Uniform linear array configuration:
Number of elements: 12
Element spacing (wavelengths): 1
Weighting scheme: blackman
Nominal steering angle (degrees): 60
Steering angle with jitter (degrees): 58.821
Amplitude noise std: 0.05
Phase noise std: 0.05

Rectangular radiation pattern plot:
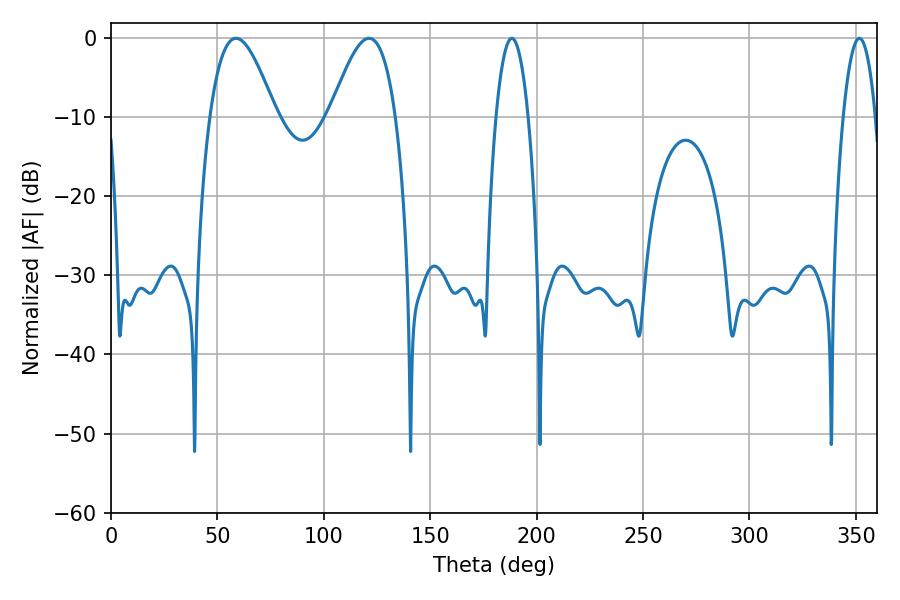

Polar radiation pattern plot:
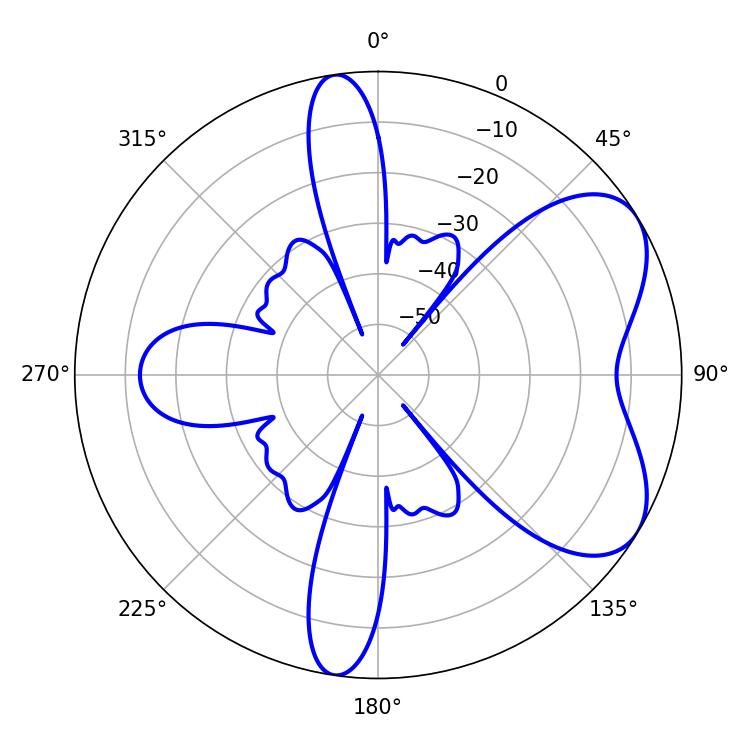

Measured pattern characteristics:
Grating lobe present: TRUE
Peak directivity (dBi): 5.974
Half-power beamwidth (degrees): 16.56
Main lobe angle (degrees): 58.68